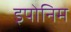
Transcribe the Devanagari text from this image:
इपोनिम